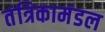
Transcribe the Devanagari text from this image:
तंत्रिकामंडल